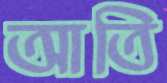
আতি